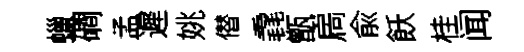
蠟磵孟遲姚僣毳甑扄兪飫桂闻